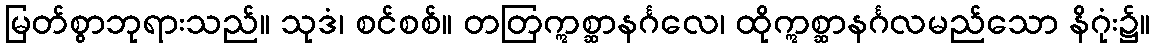
မြတ်စွာဘုရားသည်။ သုဒံ၊ စင်စစ်။ တတြဣစ္ဆာနင်္ဂလေ၊ ထိုဣစ္ဆာနင်္ဂလမည်သော နိဂုံး၌။